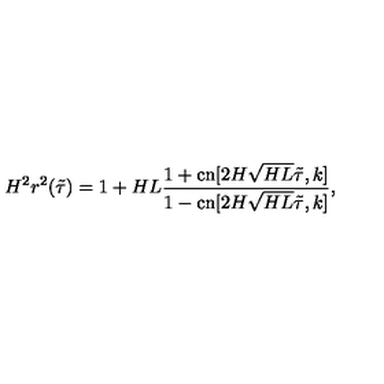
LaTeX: H ^ { 2 } r ^ { 2 } ( \tilde { \tau } ) = 1 + H L \frac { 1 + \mathrm { c n } [ 2 H \sqrt { H L } \tilde { \tau } , k ] } { 1 - \mathrm { c n } [ 2 H \sqrt { H L } \tilde { \tau } , k ] } ,